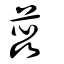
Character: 蘃